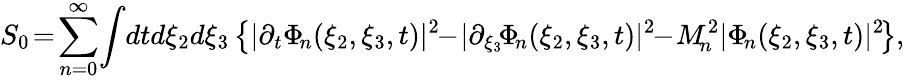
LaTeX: S_{0}\! =\! \sum_{n=0}^{\infty}\! \int\! dtd\xi_{2}d\xi_{3}\left\{ |\partial_{t}\Phi_{\! n}(\xi_{2},\xi_{3},t)|^{2}\! \! -\! |\partial_{\xi_{3}}\! \Phi_{\! n}(\xi_{2},\xi_{3},t)|^{2}\! \! -\! M_{\! n}^{2}|\Phi_{\! n}(\xi_{2},\xi_{3},t)|^{2}\! \right\} ,